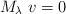
LaTeX: \begin{align*}M_\lambda\;v = 0\end{align*}